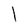
Character: l